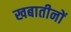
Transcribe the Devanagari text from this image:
खबातीनों